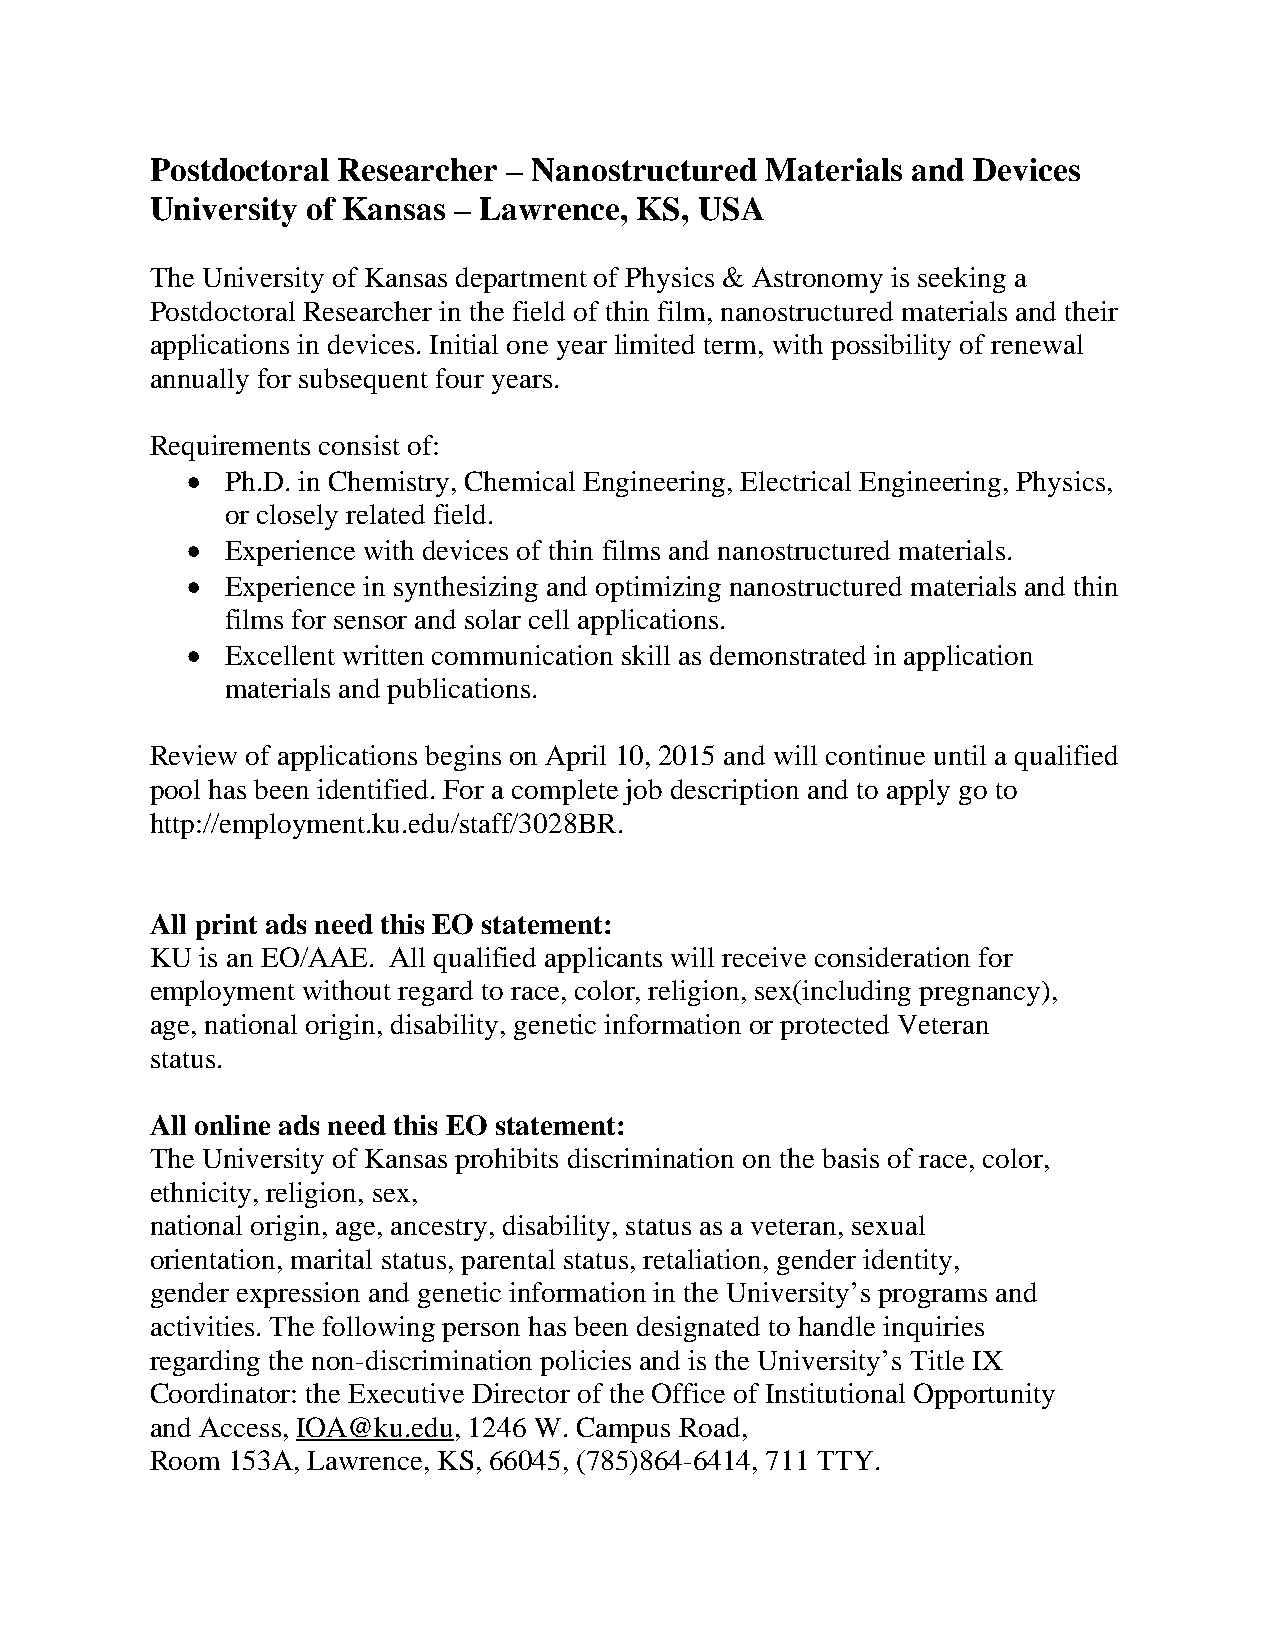
Postdoctoral Researcher – Nanostructured Materials and Devices
 University of Kansas – Lawrence, KS, USA
 The University of Kansas department of Physics & Astronomy is seeking a
 Postdoctoral Researcher in the field of thin film, nanostructured materials and their
 applications in devices. Initial one year limited term, with possibility of renewal
 annually for subsequent four years.
 Requirements consist of:
   Ph.D. in Chemistry, Chemical Engineering, Electrical Engineering, Physics,
 or closely related field.
   Experience with devices of thin films and nanostructured materials.
   Experience in synthesizing and optimizing nanostructured materials and thin
 films for sensor and solar cell applications.
   Excellent written communication skill as demonstrated in application
 materials and publications.
 Review of applications begins on April 10, 2015 and will continue until a qualified
 pool has been identified. For a complete job description and to apply go to
 http://employment.ku.edu/staff/3028BR.
 All print ads need this EO statement:
 KU is an EO/AAE. All qualified applicants will receive consideration for
 employment without regard to race, color, religion, sex(including pregnancy),
 age, national origin, disability, genetic information or protected Veteran
 status.
 All online ads need this EO statement:
 The University of Kansas prohibits discrimination on the basis of race, color,
 ethnicity, religion, sex,
 national origin, age, ancestry, disability, status as a veteran, sexual
 orientation, marital status, parental status, retaliation, gender identity,
 gender expression and genetic information in the University’s programs and
 activities. The following person has been designated to handle inquiries
 regarding the non-discrimination policies and is the University’s Title IX
 Coordinator: the Executive Director of the Office of Institutional Opportunity
 and Access, IOA@ku.edu, 1246 W. Campus Road,
 Room 153A, Lawrence, KS, 66045, (785)864-6414, 711 TTY.